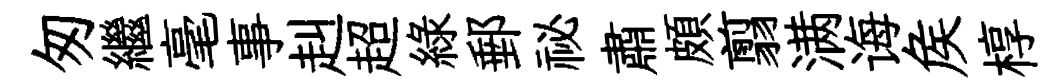
匆繼毫事赳超綠郵祕肅頗翦满诲矦椁